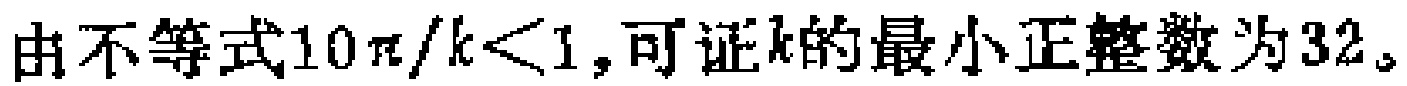
由不等式\(10\pi/k<1\)，可证\(k\)的最小正整数为\(32\)。